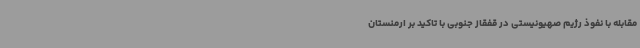
مقابله با نفوذ رژیم صهیونیستی در قفقاز جنوبی با تاکید بر ارمنستان